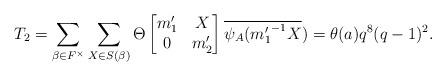
LaTeX: \begin{align*} T_2= \sum_{\beta \in F^{\times}}\sum_{X \in S(\beta)}\Theta \begin{bmatrix} m_1' & X\\ 0 & m_2' \end{bmatrix}\overline{\psi_A({m_1'}^{-1}X})=\theta(a)q^8(q-1)^2.\end{align*}